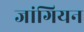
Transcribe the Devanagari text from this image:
जांगियन